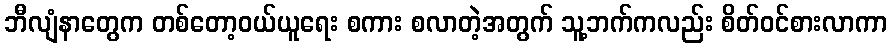
ဘီလျံနာတွေက တစ်တော့ဝယ်ယူရေး စကား စလာတဲ့အတွက် သူ့ဘက်ကလည်း စိတ်ဝင်စားလာကာ